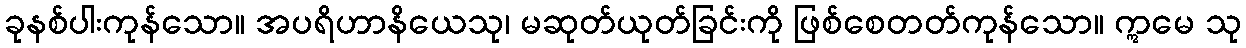
ခုနစ်ပါးကုန်သော။ အပရိဟာနိယေသု၊ မဆုတ်ယုတ်ခြင်းကို ဖြစ်စေတတ်ကုန်သော။ ဣမေ သု